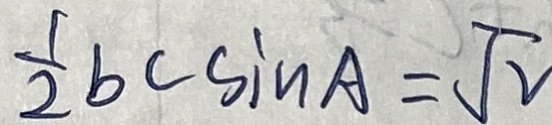
\frac { 1 } { 2 } b c \sin A = \sqrt { 2 }